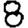
Digit: 8